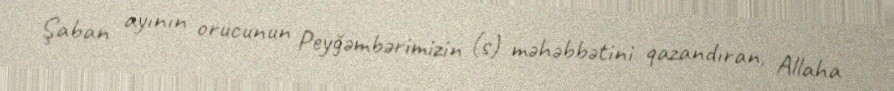
Şaban ayının orucunun Peyğəmbərimizin (s) məhəbbətini qazandıran, Allaha